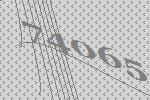
74065